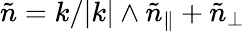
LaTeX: \tilde{n}=k/|k|\wedge\tilde{n}_{\| }+\tilde{n}_{\perp}